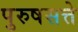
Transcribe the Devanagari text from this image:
पुरुषसत्ते